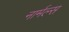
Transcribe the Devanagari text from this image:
नार्मल्स